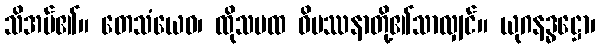
သိအပ်၏။ တေသံယေဝ၊ ထိုသမထ ဝိပဿနာတို့၏သာလျှင်။ ယုဂနဒ္ဓဋ္ဌော၊